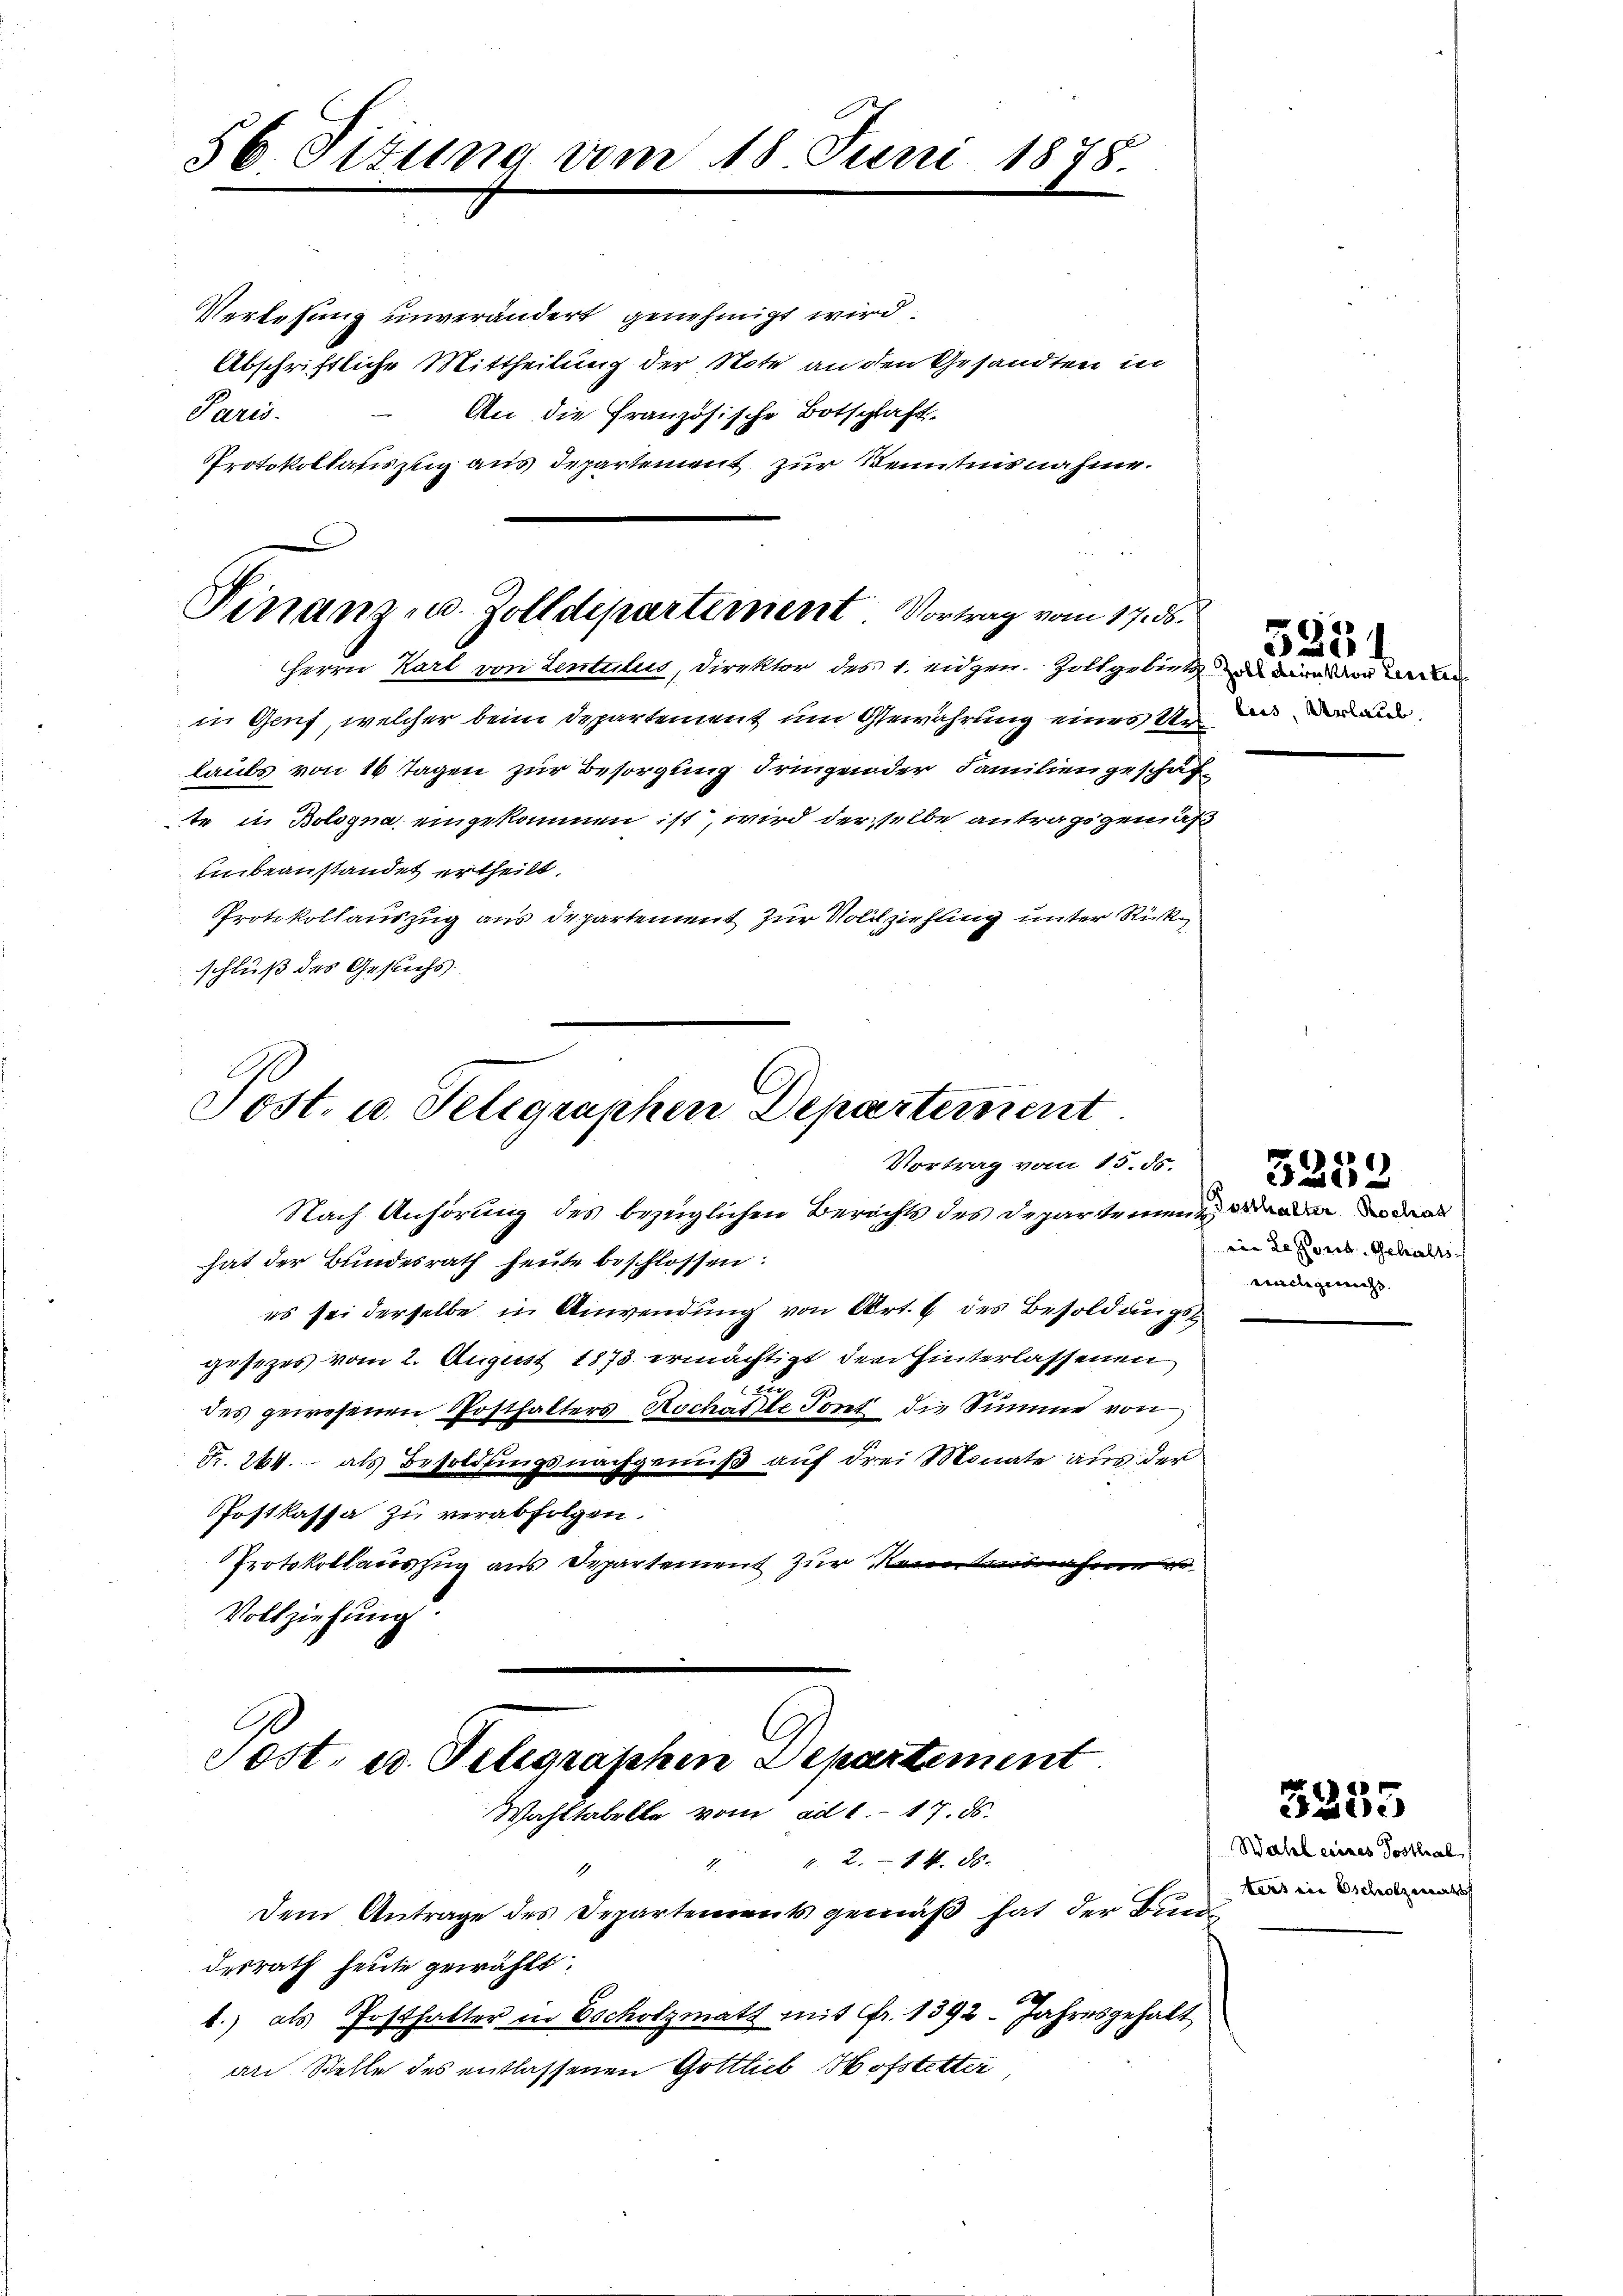
56. Situng vom 18. Juni 1878.

Verlesung unverändert genehmigt wird.
Abschriftliche Mittheilung der Note an den Gesandten in
 An die Französische Botschaft
Paris.
Protokollauszug aus Departement zur Kenntnisnahme.

Finanz u. Zolldepartement Vortrag vom 17. ds.
Herrn Karl von Lentilus, Direktor des 1. eidgen. Zoltgebiete eines

in Genf, welcher beim Departement um Gewährung eines er das er a
laubs von 16 Tagen zur Besorgung dringen der Familien geschäfte in Bologna eingekommen ist, wird derselbe antragsgemäß
unbeanstandet ertheilt.
Protokollauszug aus Departement zur Vollziehung unter Rückschluß des Gesuchs.

Post- u. Telegraphen Departement
Vortrag vom 15. ds.
Nach Anhörung des bezüglichen Berichts des Departement d

desrath heute gewählt.

Sost, u. Telegraphen Departement
Wahltabelle vom ad 1. 17. ds.
1. 2. 14. 86.

Dem Antrage des Departements gemäß hat der Bun
1.) als Posthalter in Escholzmatt mit Fr. 1392. Jahresgehalt
an Stelle des entlassenen Gottlieb Hofstetter

hat der Bundesrath heute beschlossen:
es sei derselbe in Anwendung von Art. 6 des Besoldungsgesitzes vom 2. August 1873 ermächtigt, den hinterlassenen
u
des gewesenen Posthalters Rochasste Tont die Summe von
Fr. 264.  als Besoldungsnachgenuß auf drei Monate aus der
Postkassa zu verabfolgen.
Protokollauszug aus Departement zur Kenntnisnahme vo
Vollziehung.

5351

iin Rescrit. Gehalts
nachgenuss.

3253

5355

Wahl eines Posthal
ters ein scholzmats